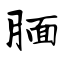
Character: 腼